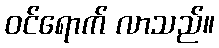
ဝင်ရောက် လာသည်။